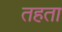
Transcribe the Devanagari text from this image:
तहता